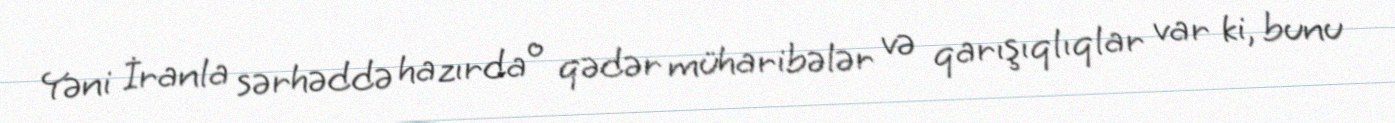
Yəni İranla sərhəddə hazırda o qədər müharibələr və qarışıqlıqlar var ki, bunu